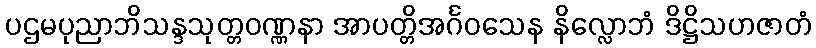
ပဌမပုညာဘိသန္ဒသုတ္တဝဏ္ဏနာ အာပတ္တိအင်္ဂဝသေန နိလ္လောဘံ ဒိဋ္ဌိသဟဇာတံ